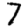
Digit: 7